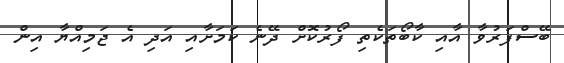
ބޭސްފަރުވާ އާއި ކާބޯތަކެތި ފޯރުކޮށް ދޭނެ ކަމަށާއި އަދި އެ ޖަމިއްޔާ އިން